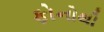
ફોનોથી